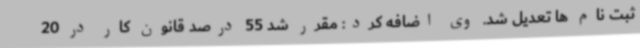
ثبت نام ها تعدیل شد. وی اضافه کرد: مقرر شد 55 درصد قانون کار در 20